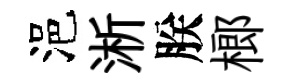
浥淅朕榔